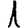
Digit: 1